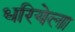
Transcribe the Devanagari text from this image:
धरियेला